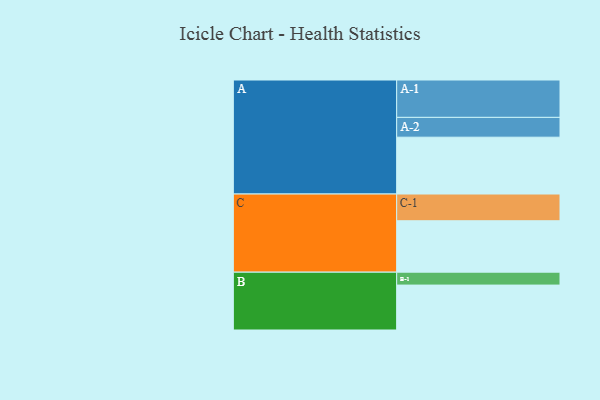
{"axis": {"x": "Segment", "y": "Value"}, "legend": ["", "A", "B", "C"], "data": [{"x": "A", "y": 453, "type": ""}, {"x": "B", "y": 358, "type": ""}, {"x": "C", "y": 410, "type": ""}, {"x": "A-1", "y": 298, "type": "A"}, {"x": "A-2", "y": 158, "type": "A"}, {"x": "B-1", "y": 103, "type": "B"}, {"x": "C-1", "y": 213, "type": "C"}]}